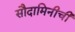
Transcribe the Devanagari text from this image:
सौदामिनीची